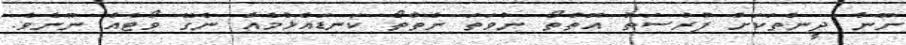
ނޫން ދީންތަކަށް ފުރުސަތު އޮތްތޯ ނުވަތަ ނެތްތޯ ކަނޑައެޅުމެއް ނެގޭ ވޯޓެއް ނޫނެވެ.